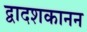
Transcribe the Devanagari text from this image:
द्वादशकानन